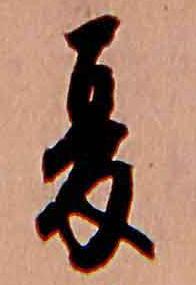
夏